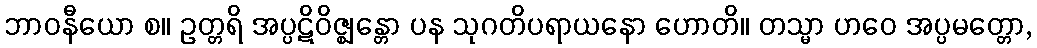
ဘာဝနီယော စ။ ဥတ္တရိ အပ္ပဋိဝိဇ္ဈန္တော ပန သုဂတိပရာယနော ဟောတိ။ တသ္မာ ဟဝေ အပ္ပမတ္တော,